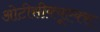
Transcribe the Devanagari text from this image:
ओटीसीक्यूएक्स